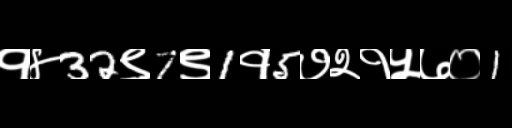
Text: १४32९7९1१5७२१५७०1